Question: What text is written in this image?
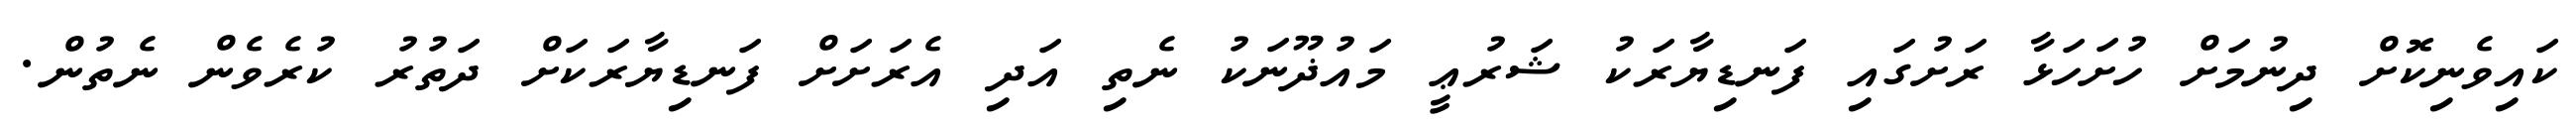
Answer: ކައިވެނިކޮށް ދިނުމަށް ހުށަހަޅާ ރަށުގައި ފަނޑިޔާރަކު ޝަރުޢީ މައުޛޫނަކު ނެތި އަދި އެރަށަށް ފަނޑިޔާރަކަށް ދަތުރު ކުރެވެން ނެތުން.